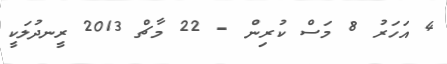
4 އަހަރު 8 މަސް ކުރިން - 22 މާޗް 2013 ރީނދުލަކީ